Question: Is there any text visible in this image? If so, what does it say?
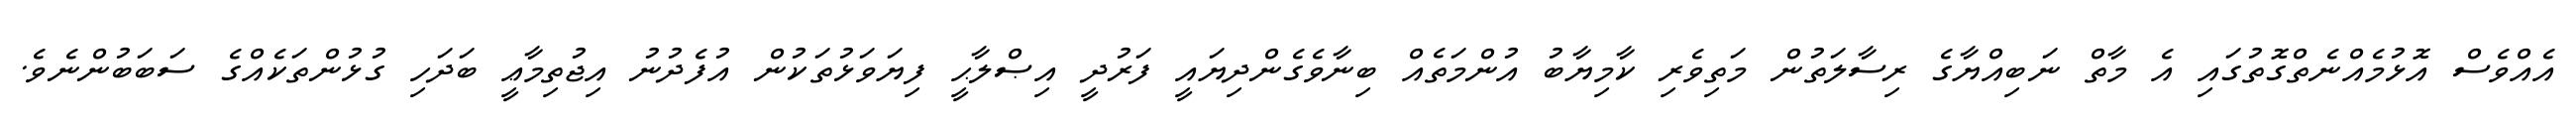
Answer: އެއްވެސް އޮޅުމެއްނެތްގޮތުގައި އެ މާތް ނަބިއްޔާގެ ރިސާލަތުން މަތިވެރި ކާމިޔާބު އުންމަތެއް ބިނާވެގެންދިޔައީ ފަރުދީ އިޞްލާޙީ ފިޔަވަޅުތަކުން އުފެދުނު އިޖުތިމާޢީ ބަދަހި ގުޅުންތަކެއްގެ ސަބަބުންނެވެ.